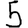
Digit: 5